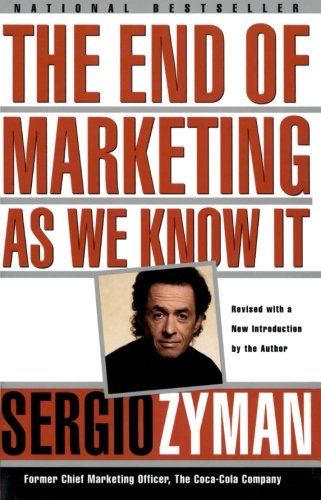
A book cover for The End of Marketing as We Know It; Sergio Zyman; Business & Money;